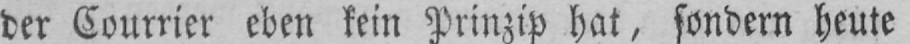
der Courrier eben kein Prinzip hat, sondern heute